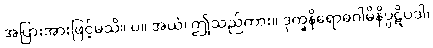
အပြားအားဖြင့်မသိ။ ပ။ အယံ၊ ဤသည်ကား။ ဒုက္ခနိရောဓဂါမိနိပ္ပဋိပဒါ၊